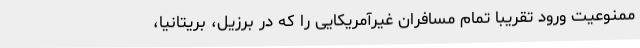
ممنوعیت ورود تقریبا تمام مسافران غیرآمریکایی را که در برزیل، بریتانیا،